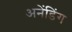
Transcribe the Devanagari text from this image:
अनेंडिंग